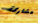
مشاركة